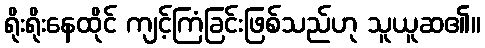
ရိုးရိုးနေထိုင် ကျင့်ကြံခြင်းဖြစ်သည်ဟု သူယူဆ၏။